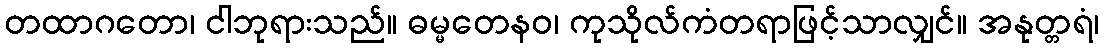
တထာဂတော၊ ငါဘုရားသည်။ ဓမ္မတေနဝ၊ ကုသိုလ်ကံတရာဖြင့်သာလျှင်။ အနုတ္တရံ၊